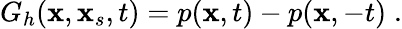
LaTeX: G_{h}(\textbf{x},\textbf{x}_{s},t)=p(\textbf{x},t)-p(\textbf{x},-t)\; .